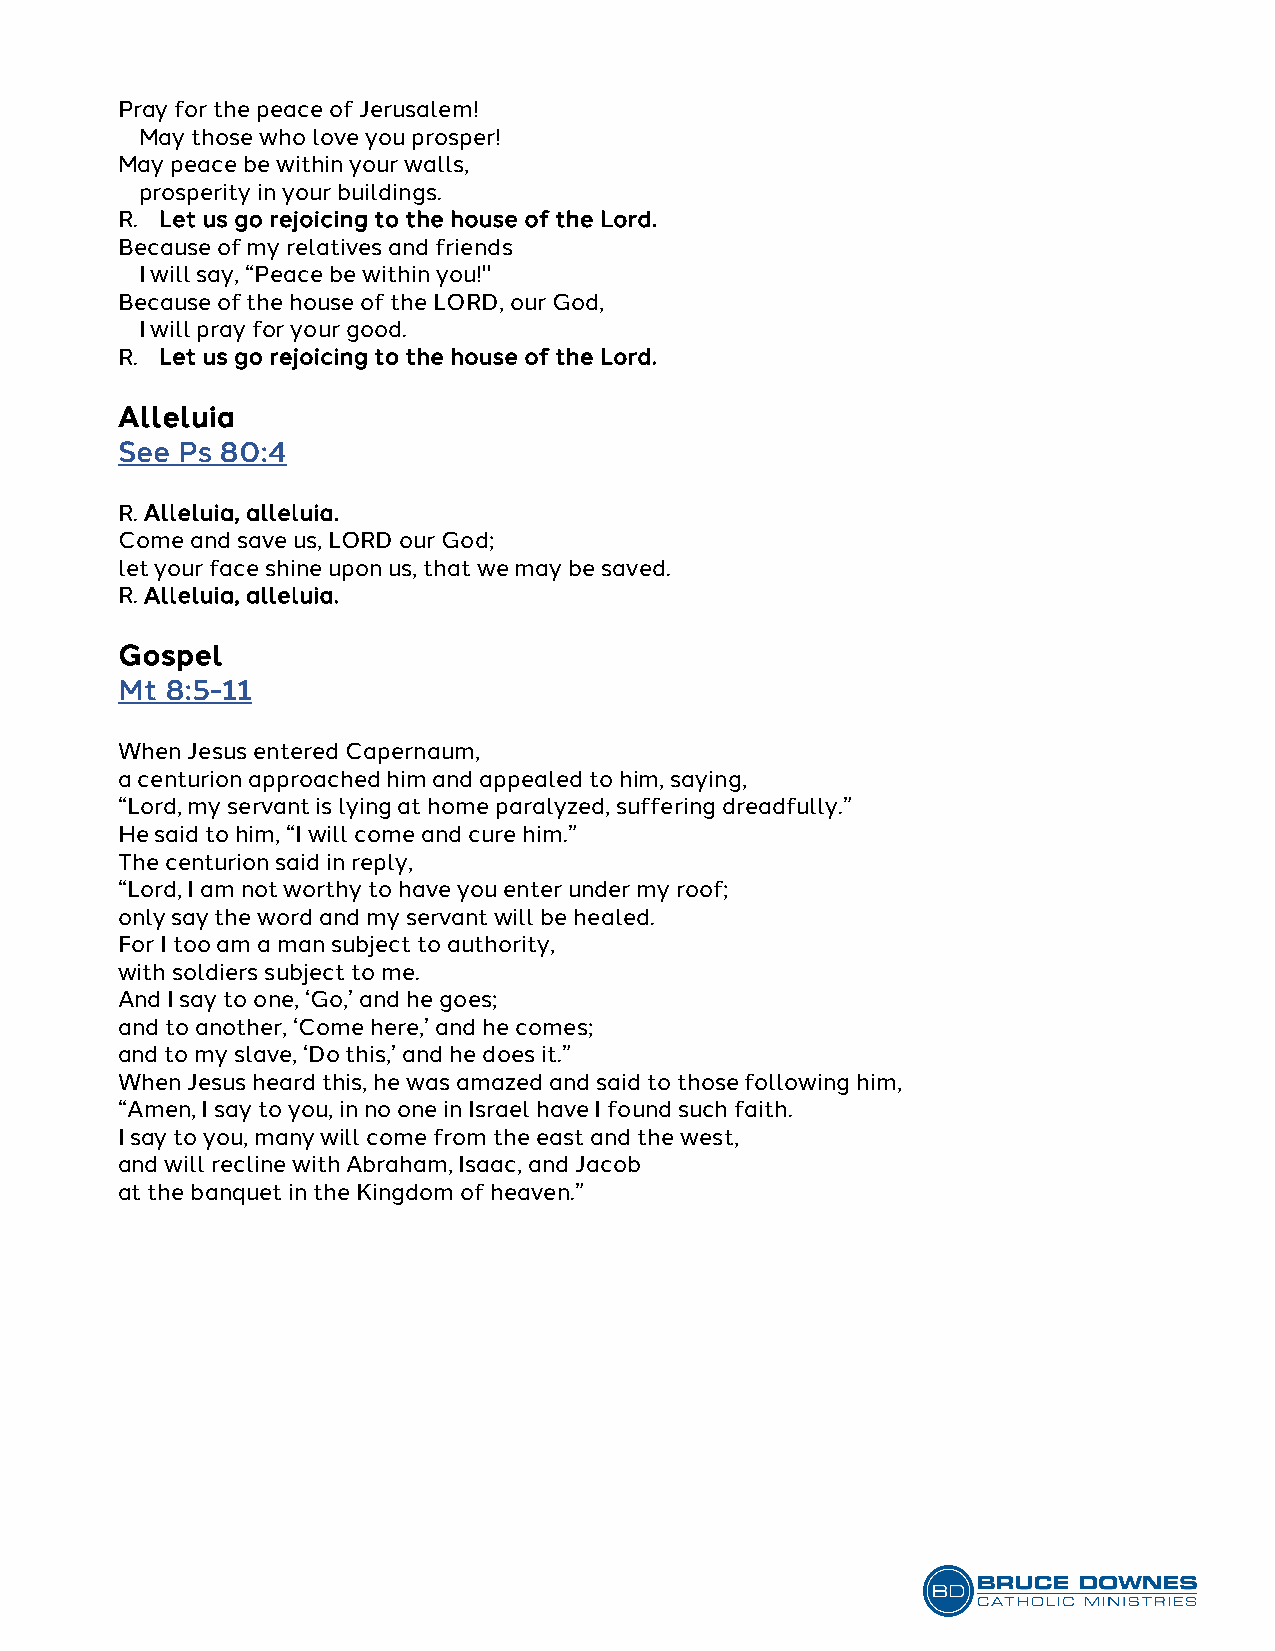
Pray for the peace of Jerusalem!
 May those who love you prosper!
 May peace be within your walls,
 prosperity in your buildings.
 R. Let us go rejoicing to the house of the Lord.
 Because of my relatives and friends
 I will say, “Peace be within you!"
 Because of the house of the LORD, our God,
 I will pray for your good.
 R. Let us go rejoicing to the house of the Lord.
 Alleluia
 See Ps 80:4
 R. Alleluia, alleluia.
 Come and save us, LORD our God;
 let your face shine upon us, that we may be saved.
 R. Alleluia, alleluia.
 Gospel
 Mt 8:5-11
 When Jesus entered Capernaum,
 a centurion approached him and appealed to him, saying,
 “Lord, my servant is lying at home paralyzed, suffering dreadfully.”
 He said to him, “I will come and cure him.”
 The centurion said in reply,
 “Lord, I am not worthy to have you enter under my roof;
 only say the word and my servant will be healed.
 For I too am a man subject to authority,
 with soldiers subject to me.
 And I say to one, ‘Go,’ and he goes;
 and to another, ‘Come here,’ and he comes;
 and to my slave, ‘Do this,’ and he does it.”
 When Jesus heard this, he was amazed and said to those following him,
 “Amen, I say to you, in no one in Israel have I found such faith.
 I say to you, many will come from the east and the west,
 and will recline with Abraham, Isaac, and Jacob
 at the banquet in the Kingdom of heaven.”